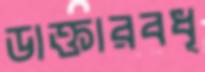
ডাক্তারবধূ